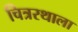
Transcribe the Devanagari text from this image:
चित्ररथाला